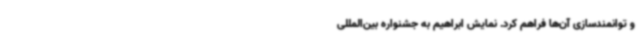
و توانمندسازی آن‌ها فراهم کرد. نمایش ابراهیم به جشنواره بین‌المللی